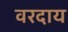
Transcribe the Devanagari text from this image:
वरदाय